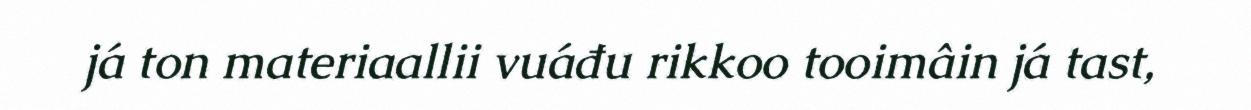
já ton materiaallii vuáđu rikkoo tooimâin já tast,